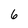
Character: 6